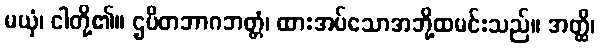
မယှံ၊ ငါတို့၏။ ဌပိတဘာဂဘတ္တံ၊ ထားအပ်သောအဘို့ထမင်းသည်။ အတ္ထိ၊